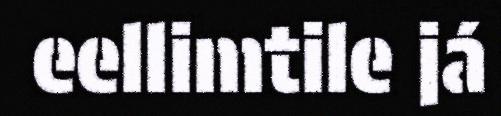
eellimtile já